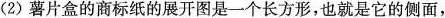
( 2 ) 薯片盒的商标纸的展开图是一个长方形，也就是它的侧面，